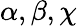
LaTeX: \alpha,\beta,\chi